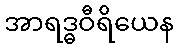
အာရဒ္ဓဝီရိယေန